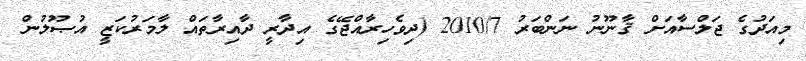
މިއަދުގެ ޖަލްސާއަށް ޤާނޫނު ނަންބަރު 2010/7 (ދިވެހިރާއްޖޭގެ އިދާރީ ދާއިރާތައް ލާމަރުކަޒީ އުޞޫލުން